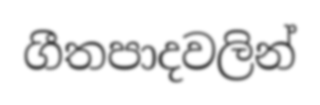
ගීතපාදවලින්